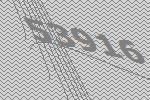
53916